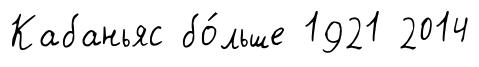
Кабаньяс бо́льше 1921 2014